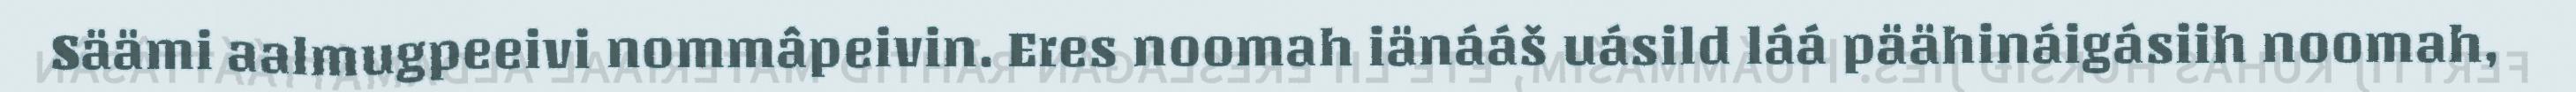
Säämi aalmugpeeivi nommâpeivin. Eres noomah iänááš uásild láá päähináigásiih noomah,